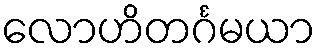
လောဟိတင်္ဂမယာ